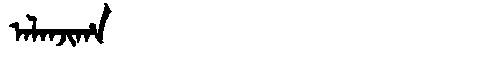
Manchu: ᠠᠯᠠᠨᠵᡳᡥᠠ
Romanization: ALANJIHA